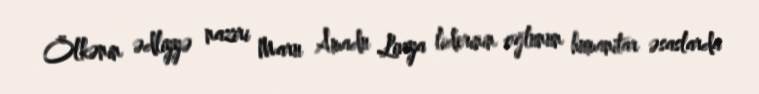
Ölkənin ədliyyə naziri Maru Amadu Liviya liderinin oğlunun humanitar əsaslarda